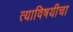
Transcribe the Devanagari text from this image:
त्याविषयीचा